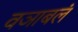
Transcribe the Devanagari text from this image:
वञाबलं